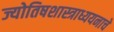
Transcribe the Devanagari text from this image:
ज्योतिषशास्त्राध्ययनाचे